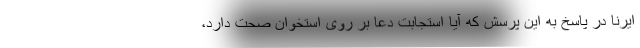
ایرنا در پاسخ به این پرسش که آیا استجابت دعا بر روی استخوان صحت دارد،